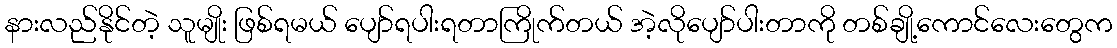
နားလည်နိုင်တဲ့ သူမျိုး ဖြစ်ရမယ် ပျော်ရပါးရတာကြိုက်တယ် အဲ့လိုပျော်ပါးတာကို တစ်ချို့ကောင်လေးတွေက